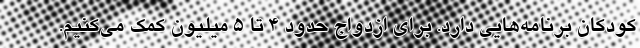
کودکان برنامه‌هایی دارد. برای ازدواج حدود ۴ تا ۵ میلیون کمک می‌کنیم.